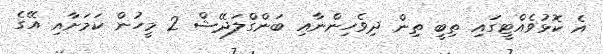
އެ ކޮޅުވެއްޓީގައި ތިބީ ތިން ދިވެހިންނާއި ބަންގްލަދޭޝް 2 މީހުން ކަމަށާއި އޭގެ